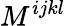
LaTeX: M^{ijkl}